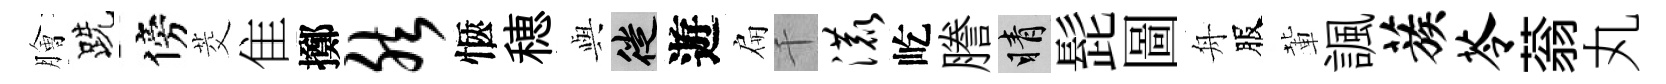
膾跣傍茭隹擲然愜穂𫤰徙遊扁千漉屹謄睛髭圖舟服輩諷蔟苓蓊丸